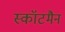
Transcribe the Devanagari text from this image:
स्कॉटमैन